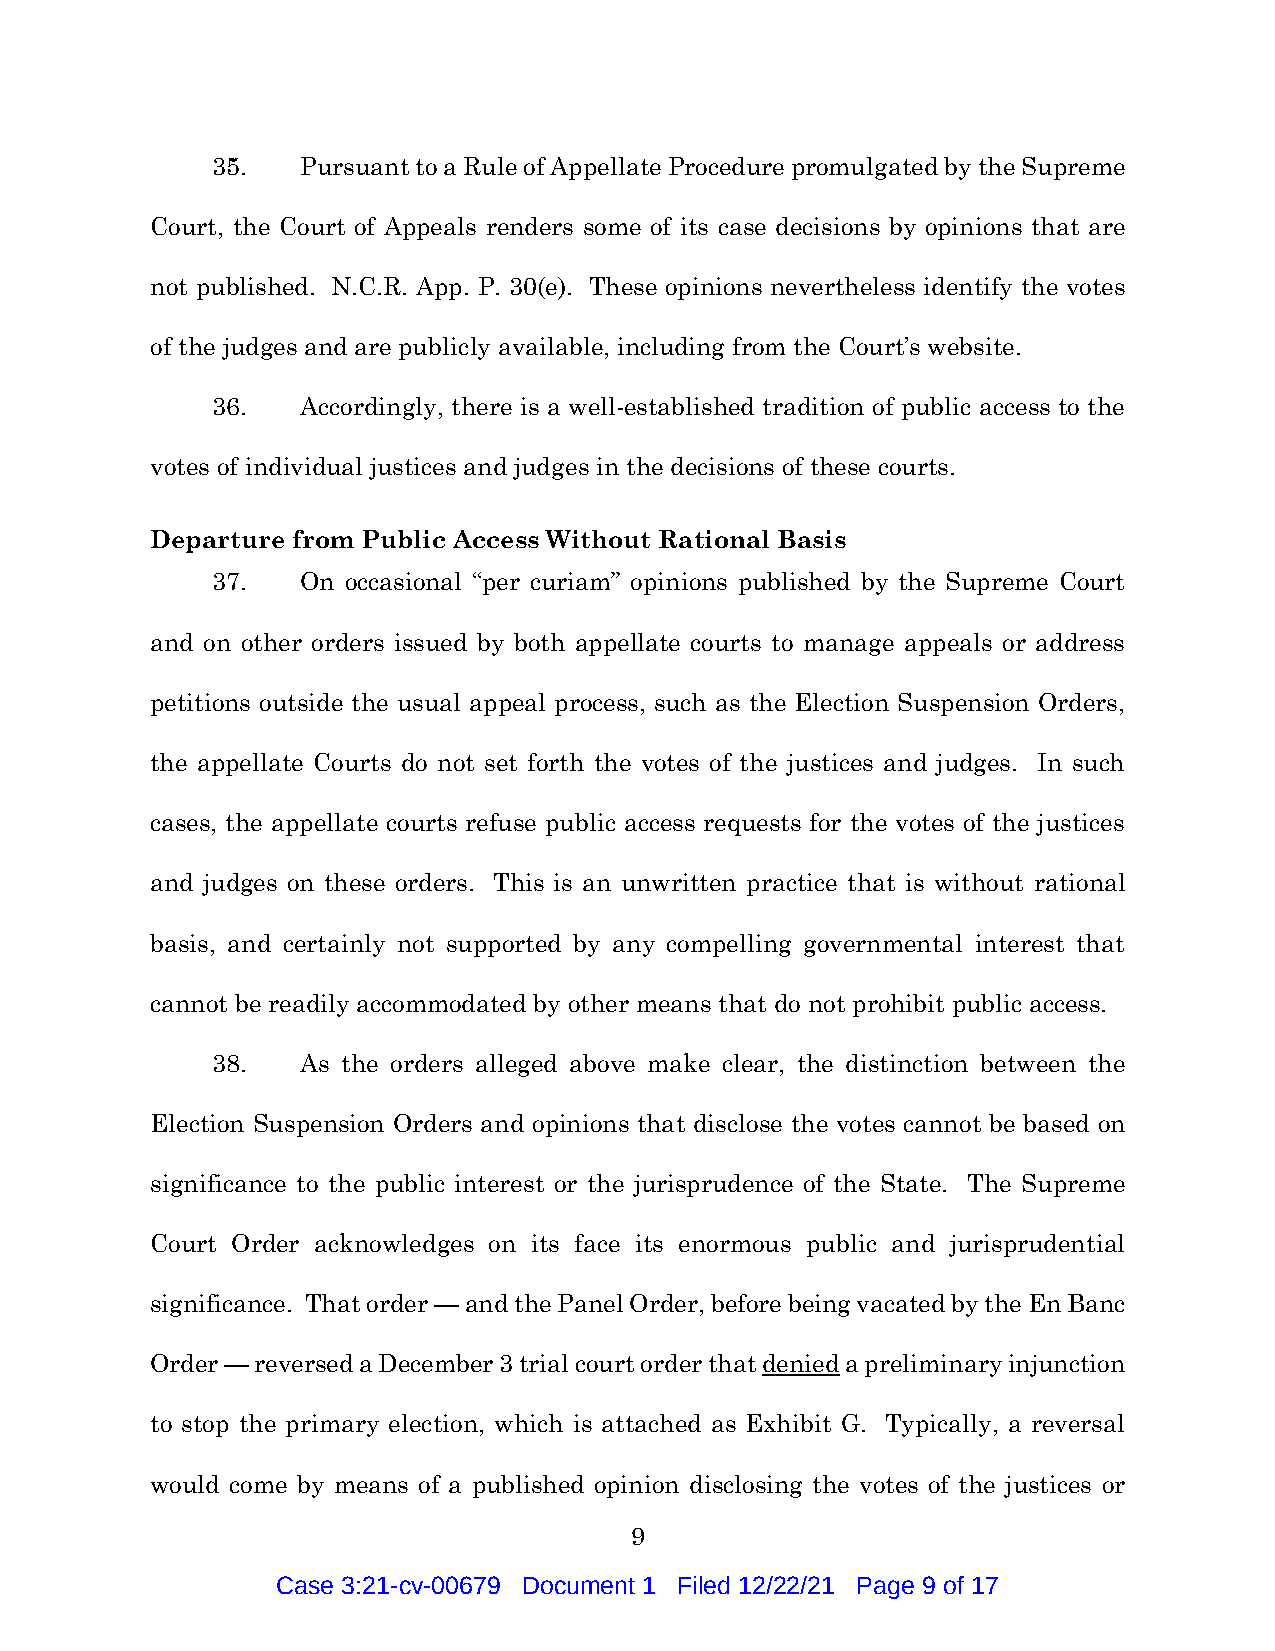
35.   Pursuant to a Rule of Appellate Procedure promulgated by the Supreme
 Court, the Court of Appeals renders some of its case decisions by opinions that are
 not published. N.C.R. App. P. 30(e). These opinions nevertheless identify the votes
 of the judges and are publicly available, including from the Court’s website.
 36.   Accordingly, there is a well-established tradition of public access to the
 votes of individual justices and judges in the decisions of these courts.
 Departure from Public Access Without Rational Basis
 37.   On occasional “per curiam” opinions published by the Supreme Court
 and on other orders issued by both appellate courts to manage appeals or address
 petitions outside the usual appeal process, such as the Election Suspension Orders,
 the appellate Courts do not set forth the votes of the justices and judges. In such
 cases, the appellate courts refuse public access requests for the votes of the justices
 and judges on these orders. This is an unwritten practice that is without rational
 basis, and certainly not supported by any compelling governmental interest that
 cannot be readily accommodated by other means that do not prohibit public access.
 38.   As the orders alleged above make clear, the distinction between the
 Election Suspension Orders and opinions that disclose the votes cannot be based on
 significance to the public interest or the jurisprudence of the State. The Supreme
 Court Order acknowledges on its face its enormous public and jurisprudential
 significance. That order — and the Panel Order, before being vacated by the En Banc
 Order — reversed a December 3 trial court order that denied a preliminary injunction
 to stop the primary election, which is attached as Exhibit G. Typically, a reversal
 would come by means of a published opinion disclosing the votes of the justices or
 9
 Case 3:21-cv-00679 Document 1 Filed 12/22/21 Page 9 of 17